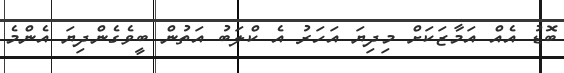
ބޮޑު އެއް އަމާޒަކަށް މިދިޔަ އަހަރު އެ ކްލަބު އަތުން ބީވެގެންދިޔަ އެންމެ